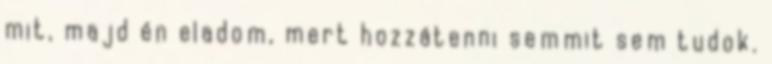
mit, majd én eladom, mert hozzátenni semmit sem tudok.